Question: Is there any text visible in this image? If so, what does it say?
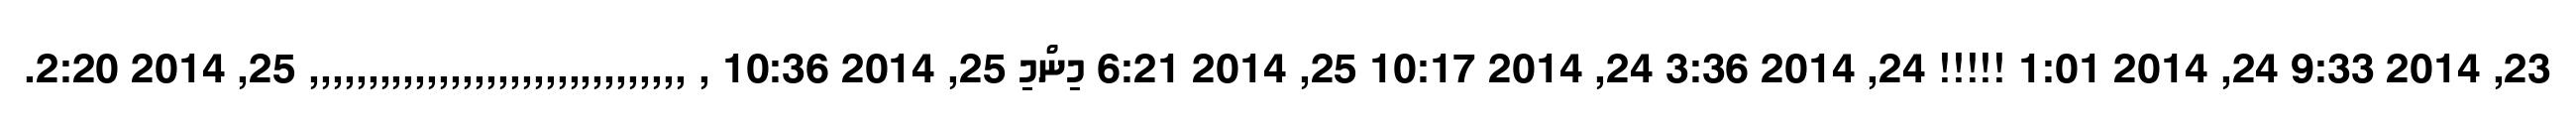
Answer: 23, 2014 9:33 24, 2014 1:01 !!!!! 24, 2014 3:36 24, 2014 10:17 25, 2014 6:21 މިންމި 25, 2014 10:36 , ,,,,,,,,,,,,,,,,,,,,,,,,,,,,,,,, 25, 2014 2:20.